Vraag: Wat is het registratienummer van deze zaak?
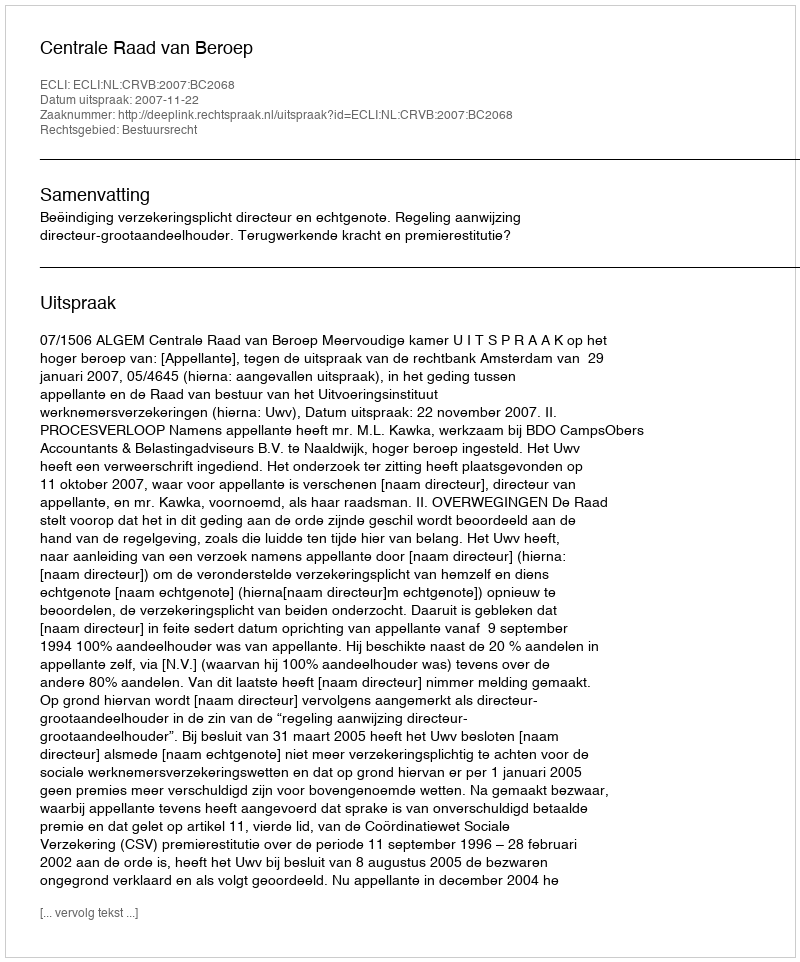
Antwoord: http://deeplink.rechtspraak.nl/uitspraak?id=ECLI:NL:CRVB:2007:BC2068